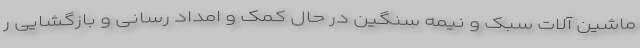
ماشین آلات سبک و نیمه سنگین در حال کمک و امداد رسانی و بازگشایی ر